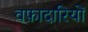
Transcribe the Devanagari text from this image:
वफ़ादारियों